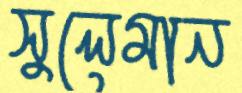
সুলেমান